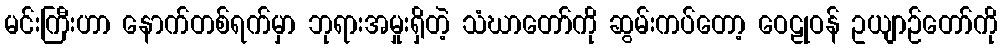
မင်းကြီးဟာ နောက်တစ်ရက်မှာ ဘုရားအမှုးရှိတဲ့ သံဃာတော်ကို ဆွမ်းကပ်တော့ ဝေဠုဝန် ဥယျာဉ်တော်ကို